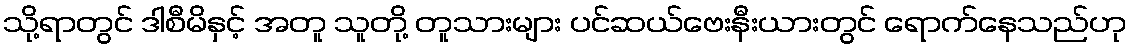
သို့ရာတွင် ဒါစီမိနှင့် အတူ သူတို့ တူသားများ ပင်ဆယ်ဗေးနီးယားတွင် ရောက်နေသည်ဟု